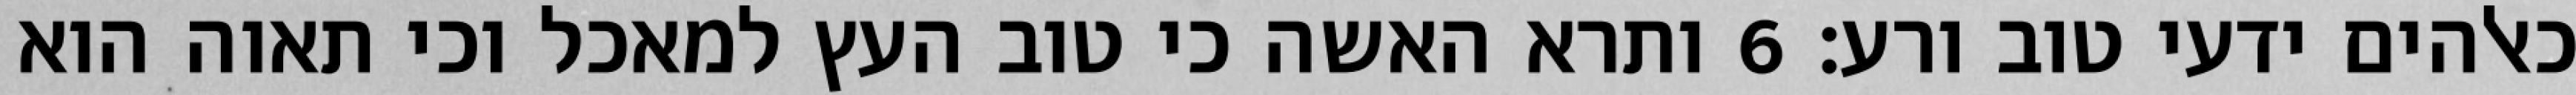
כאלהים ידעי טוב ורע׃ ‎6‏ ותרא האשה כי טוב העץ למאכל וכי תאוה הוא